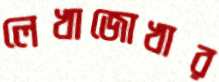
লেখাজোখার